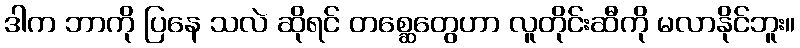
ဒါက ဘာကို ပြနေ သလဲ ဆိုရင် တစ္ဆေတွေဟာ လူတိုင်းဆီကို မလာနိုင်ဘူး။